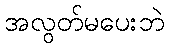
အလွတ်မပေးဘဲ